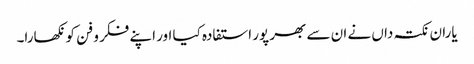
یاران نکتہ داں نے ان سے بھر پور استفادہ کیا اور اپنے فکر و فن کو نکھارا۔